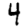
Digit: 4